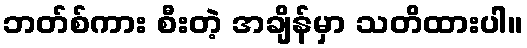
ဘတ်စ်ကား စီးတဲ့ အချိန်မှာ သတိထားပါ။